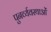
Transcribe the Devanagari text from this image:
पुनर्व्यवस्थाओं